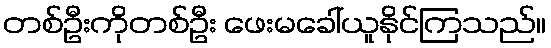
တစ်ဦးကိုတစ်ဦး ဖေးမခေါ်ယူနိုင်ကြသည်။